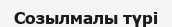
Созылмалы түрі